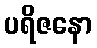
ပရိဇနော